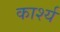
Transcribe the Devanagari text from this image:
कार्श्य